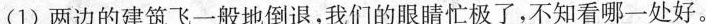
(1)两边的建筑飞一般地倒退，我们的\underline{眼睛忙极了}，\underline{不知看哪一处好}。